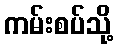
ကမ်းစပ်သို့